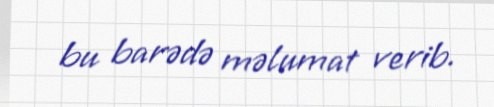
bu barədə məlumat verib.